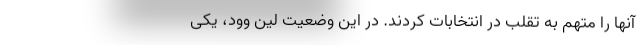
آنها را متهم به تقلب در انتخابات کردند. در این وضعیت لین وود، یکی